Report on enteric fever
Disease focus: Fever
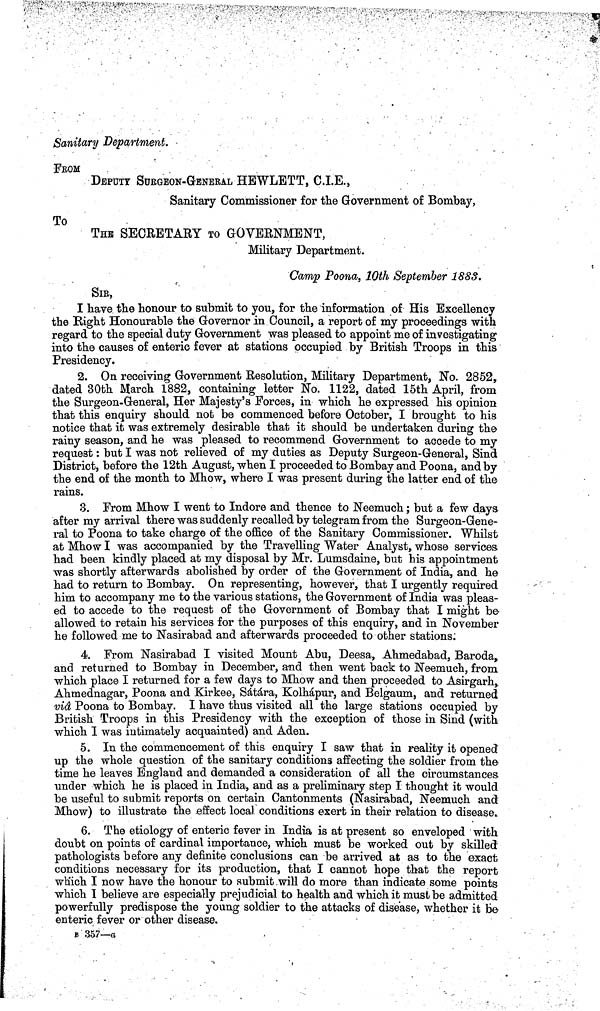
Sanitary Department.
FBOM
DEPUTY SURGEON-GENERAL HEWLETT, C.I.E.,
Sanitary Commissioner for the Government of Bombay,
To
THE SECRETARY TO GOVERNMENT,
Military Department.
Camp Poona, 10th September 1883.
SIB,
I have the honour to submit to you, for the information of His Excellency
the Bight Honourable the Governor in Council, a report of my proceedings with
regard to the special duty Government was pleased to appoint me of investigating
into the causes of enteric fever at stations occupied by British Troops in this
Presidency.
2. On receiving Government Resolution, Military Department, No. 2852,
dated 30th March 1882, containing letter No. 1122, dated 15th April, from
the Surgeon-General, Her Majesty's Forces, in which he expressed his opinion
that this enquiry should not be commenced before October, I brought to his
notice that it was extremely desirable that it should be undertaken during the
rainy season, and he was pleased to recommend Government to accede to my
request: but I was not relieved of my duties as Deputy Surgeon-General, Sind
District, before the 12th August, when I proceeded to Bombay and Poona, and by
the end of the month to Mhow, where I was present during the latter end of the
rains.
3. From Mhow I went to Indore and thence to Neemuch; but a few days-
after my arrival there was suddenly recalled by telegram from the Surgeon-Gene-
ral to Poona to take charge of the office of the Sanitary Commissioner. Whilst
at Mhow I was accompanied by the Travelling Water Analyst, whose services-
had been kindly placed at my disposal by Mr. Lumsdaine, but his appointment
was shortly afterwards abolished by order of the Government of India, and he
had to return to Bombay. On representing, however, that I urgently required
him to accompany me to the various stations, the Government of India was pleas-
ed to accede to the request of the Government of Bombay that I might be-
allowed to retain his services for the purposes of this enquiry, and in November
he followed me to Nasirabad and afterwards proceeded to other stations:
4. From Nasirabad I visited Mount Abu, Deesa, Ahmedabad, Baroda,.
and returned to Bombay in December, and then went back to Neemuch, from
which place I returned for a few days to Mhow and then proceeded to Asirgarh,.
Ahmednagar, Poona and Kirkee, Sátára, Kolhápur, and Belgaum, and returned
vid Poona to Bombay. I have thus visited all the large stations occupied by
British Troops in this Presidency with the exception of those in Sind (with
which I was intimately acquainted) and Aden.
5. In the commencement of this enquiry I saw that in reality it opened
up the whole question of the sanitary conditions affecting the soldier from the
time he leaves England and demanded a consideration of all the circumstances
under which he is placed in India, and as a preliminary step I thought it would
be useful to submit reports on certain Cantonments (Nasirabad, Neemuch and
Mhow) to illustrate the effect local conditions exert in their relation to disease,.
6. The etiology of enteric fever in India is at present so enveloped with
doubt on points of cardinal importance, which must be worked out by skilled
pathologists before any definite conclusions can be arrived at as to the exact
conditions necessary for its production, that I cannot hope that the report
which I now have the honour to submit .will do more than indicate some points
which I believe are especially prejudicial to health and which it must be admitted
powerfully predispose the young soldier to the attacks of disease, whether it be
enteric fever or other disease.
B 357—a